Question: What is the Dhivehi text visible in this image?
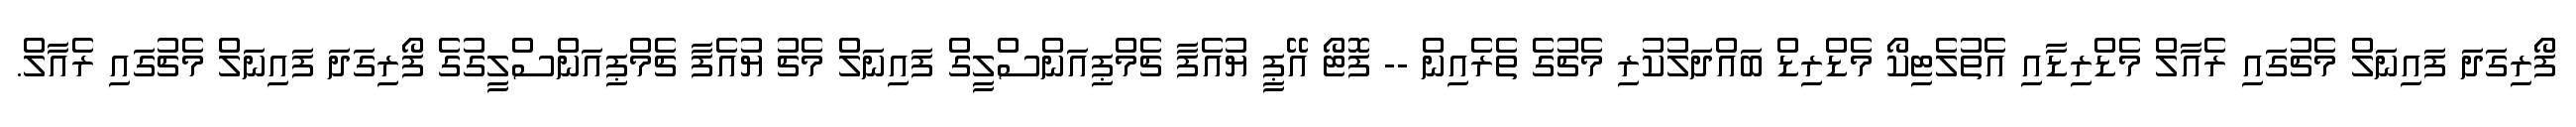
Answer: ފޯރިގަދަ ފައިނަލް މެޗުގައި ރެއާލް މެޑްރިޑާއި އެތުލެޓިކޯ މެޑްރިޑް ބައްދަލުކުރި މެޗުގެ ތެރެއިން -- ފޮޓޯ އޭޕީ ޔުއެފާ ޗެމްޕިއަންސްލީގް ފައިނަލް މެޗު ޔުއެފާ ޗެމްޕިއަންސްލީގުގެ ފޯރިގަދަ ފައިނަލް މެޗުގައި ރެއާލް.